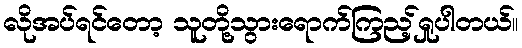
လိုအပ်ရင်တော့ သူတို့သွားရောက်ကြည့်ရှုပါတယ်။